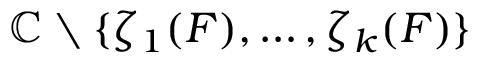
\mathbb { C } \setminus \{ \zeta _ { 1 } ( F ) , \ldots , \zeta _ { k } ( F ) \}